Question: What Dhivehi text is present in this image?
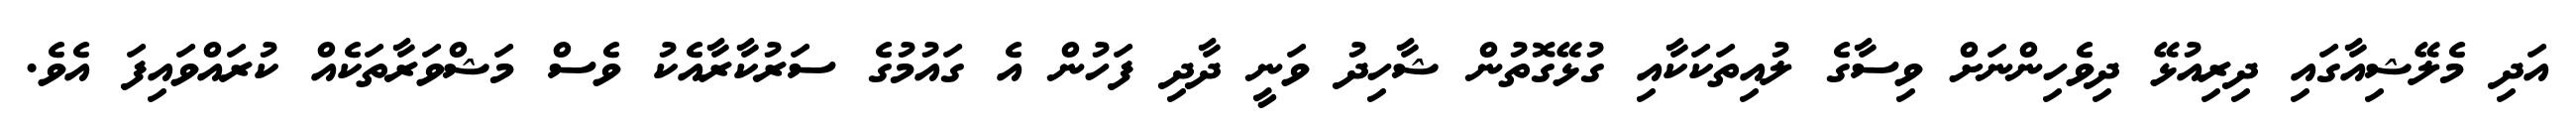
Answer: އަދި މެލޭޝިއާގައި ދިރިއުޅޭ ދިވެހިންނަށް ވިސާގެ ލުއިތަކަކާއި ގުޅޭގޮތުން ޝާހިދު ވަނީ ދާދި ފަހުން އެ ގައުމުގެ ސަރުކާރާއެކު ވެސް މަޝްވަރާތަކެއް ކުރައްވައިފަ އެވެ.